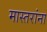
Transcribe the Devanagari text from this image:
मास्तरांना